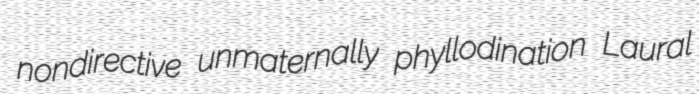
nondirective unmaternally phyllodination Laural